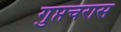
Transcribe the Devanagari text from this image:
गुप्तचरास